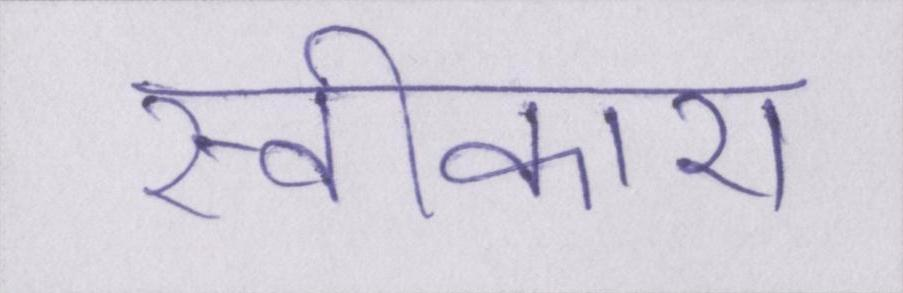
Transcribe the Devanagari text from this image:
स्वीकारा